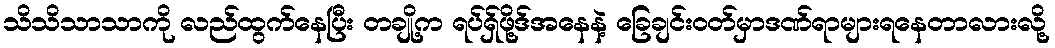
သိသိသာသာကို လည်ထွက်နေပြီး တချို့က ရပ်ရှ်ဖို့ဒ်အနေနဲ့ ခြေချင်းဝတ်မှာဒဏ်ရာများရနေတာလားလို့